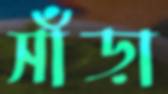
সাঁড়া